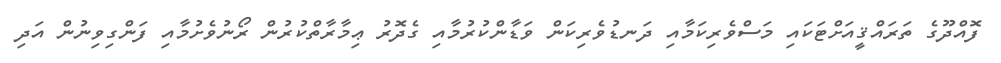
ފޮއްދޫގެ ތަރައްޤީއަށްޓަކައި މަސްވެރިކަމާއި ދަނޑުވެރިކަން ވަޑާންކުރުމާއި ގެދޮރު ޢިމާރާތްކުރުން ރޯނުވެށުމާއި ފަންގިވިނުން އަދި